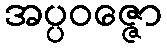
အပ္ပဝဇ္ဇော